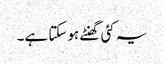
یہ کئی گھنٹے ہوسکتا ہے۔